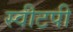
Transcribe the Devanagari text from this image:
स्वीटपी